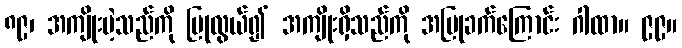
၈၉၊ အကျိုးမဲ့သည်ကို ပြုလွယ်၍ အကျိုးရှိသည်ကို အပြုခက်ကြောင်း ဂါထာ။ ၉၉။